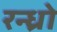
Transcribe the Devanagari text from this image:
रन्ध्रो